kultuurilooline_kollektsioon, lk 6
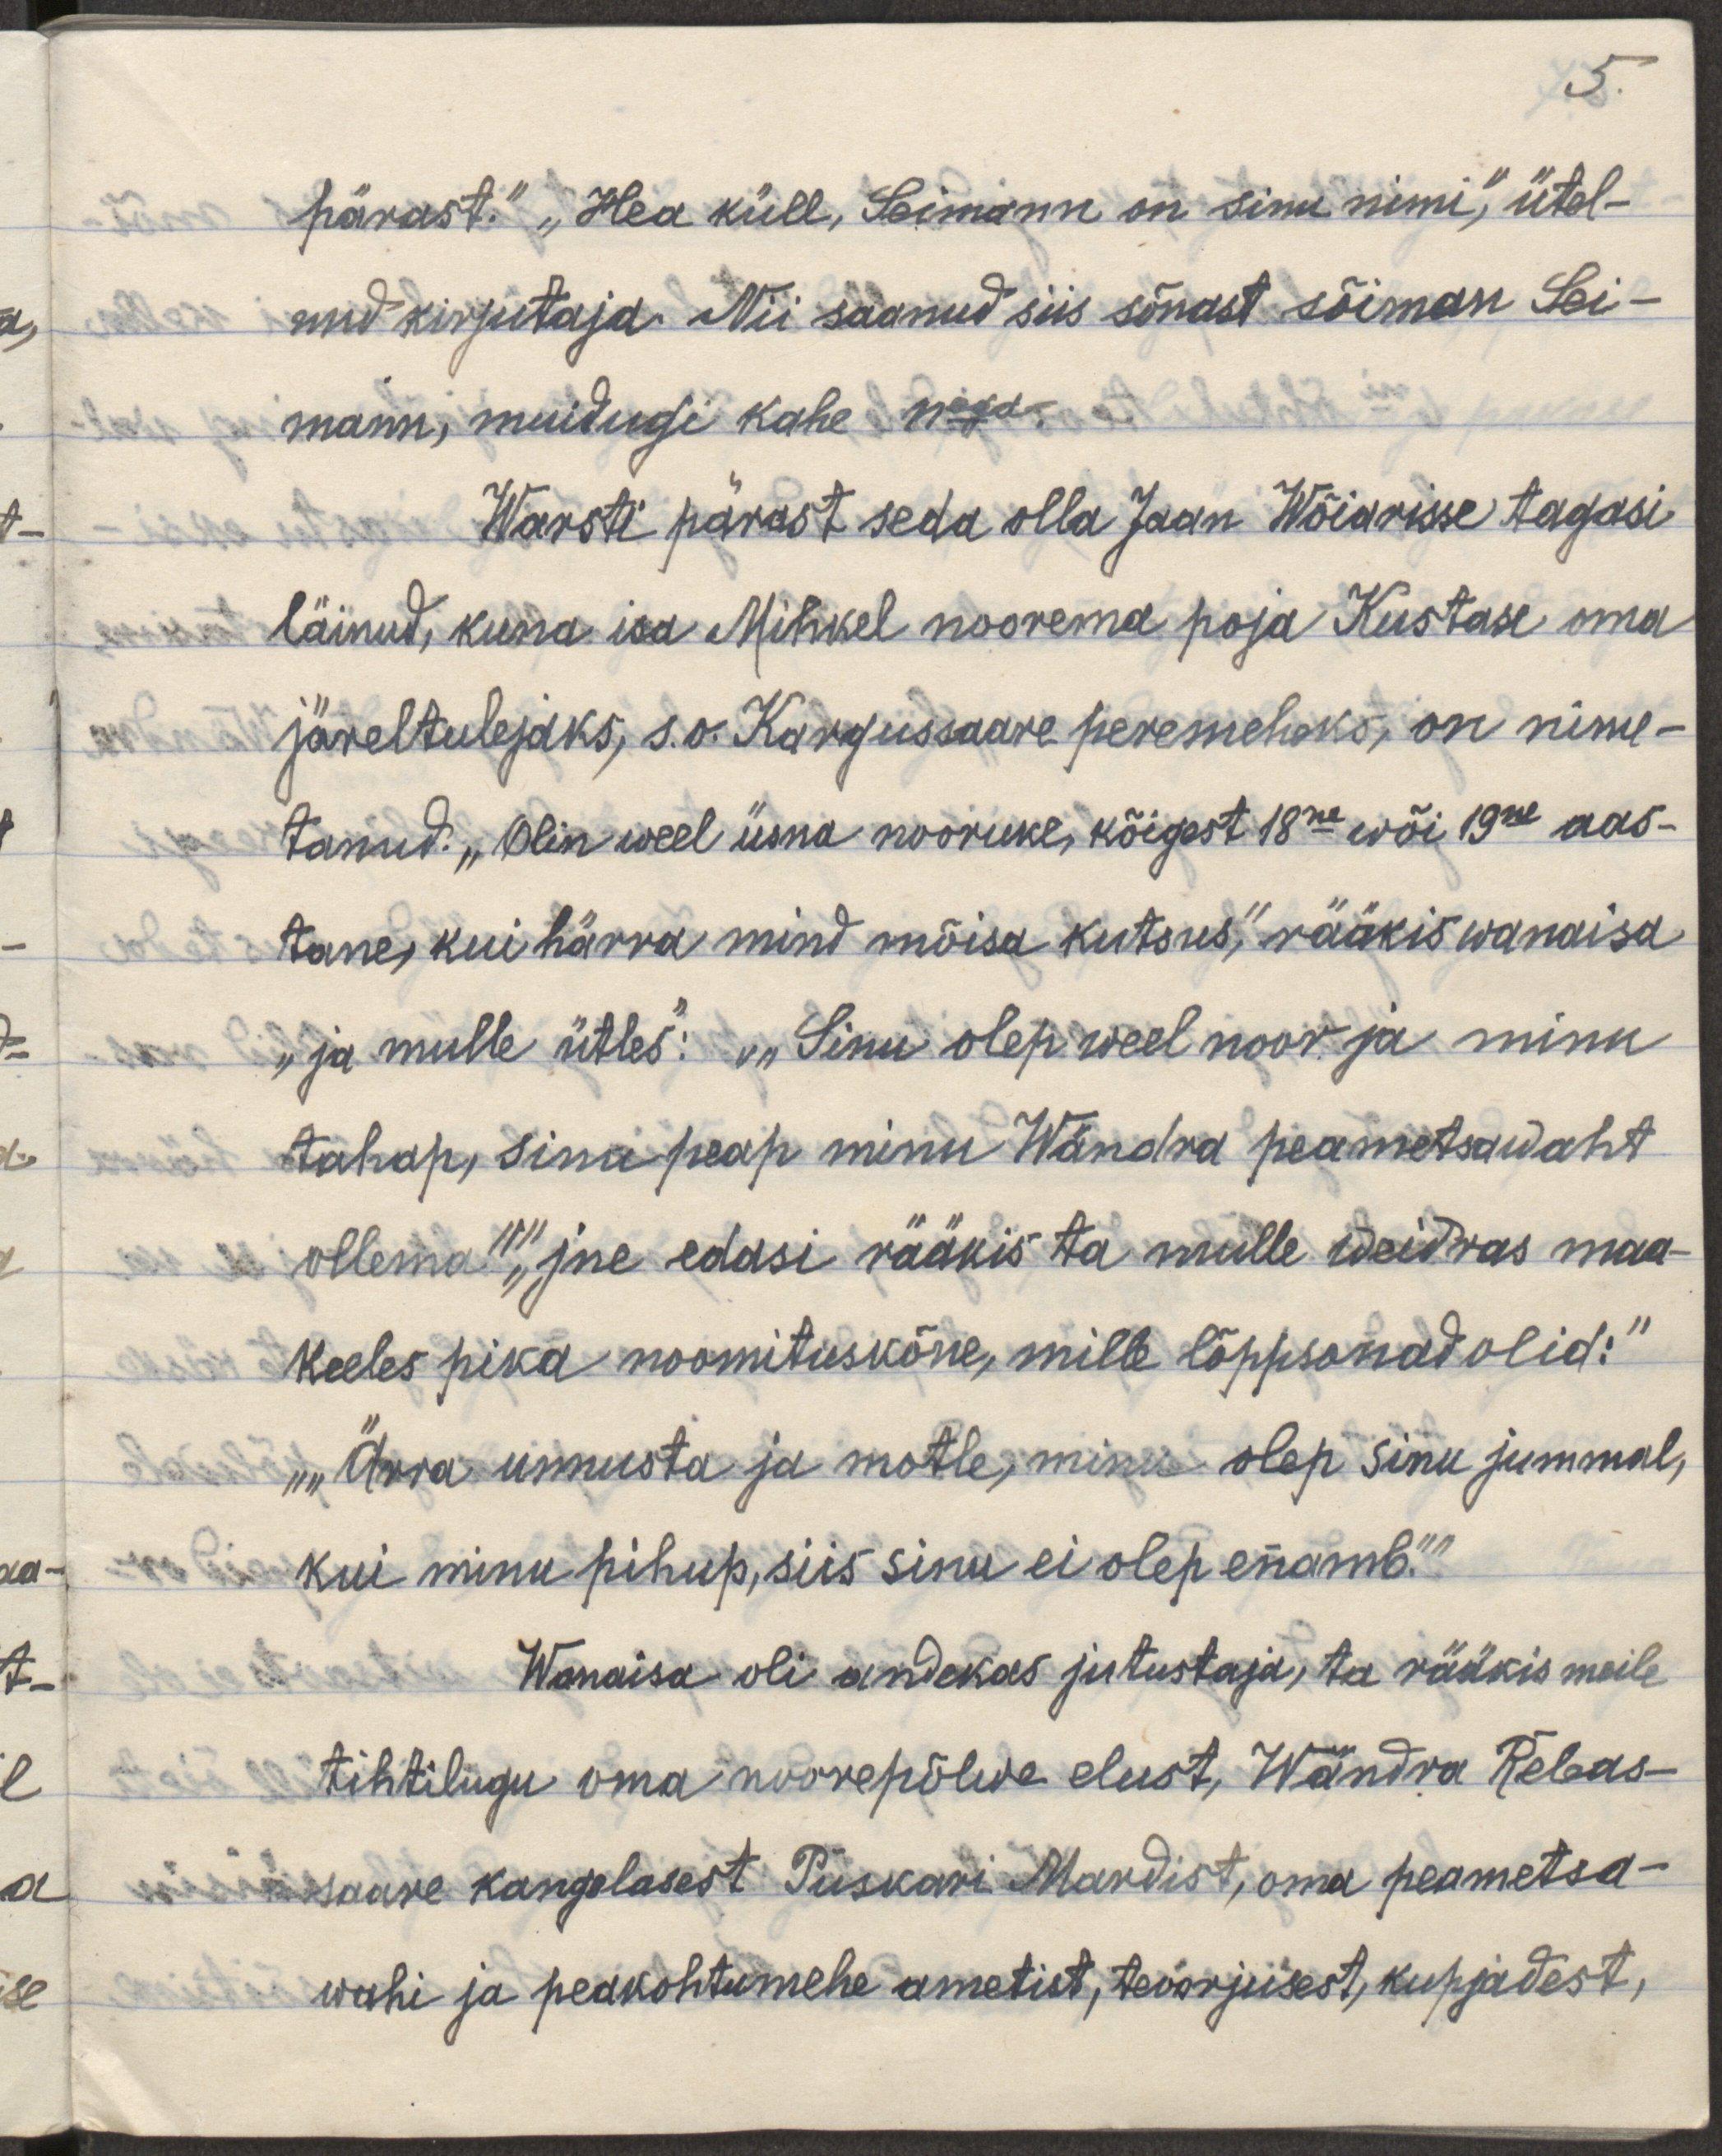
5.
pärast." "Hea küll, Seimann on sinu nimi," ütel-
nud kirjutaja. Nii saanud siis sõnast sõiman Sei-
mann, muidugi kahe niga?.
Warsti pärast seda olla Jaan Wõiarisse tagasi
läinud, kuna isa Mihkel noorema poja Kustase oma
järeltulejaks, s.o. Kargussaare peremeheks, on nime-
tanud. "Olin weel üsna nooruke, kõigest 18ne wõi 19ne aas-
tane, kui härra mind mõisa kutsus", rääkis wanaisa
"ja mulle ütles": ""Sinu olep weel noor ja minu
tahap, sina peap minu Wändra peametsawaht
ollema"", jne edasi rääkis ta mulle weidras maa-
keeles pika noomituskõne, mille lõppsõnad olid: "
""Ärra unnusta ja motle, minu olep sinu jummal,
kui minu pihup, siis sinu ei olep enamb.""
Wanaisa oli andekas jutustaja, ta rääkis meile
tihtilugu oma noorusepõlwe elust, Wändra Rebas-
saare kangelasest Puskari Mardist, oma peametsa-
wahi ja peakohtumehe ametist, teoorjusest, kupjadest,